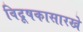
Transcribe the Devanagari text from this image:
विदूषकासारखे